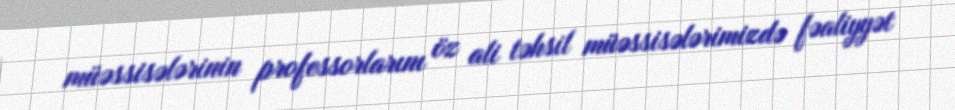
müəssisələrinin professorlarını öz ali təhsil müəssisələrimizdə fəaliyyət